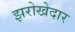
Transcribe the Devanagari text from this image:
झरोखेदार